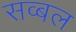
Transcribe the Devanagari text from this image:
सव्बल